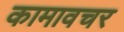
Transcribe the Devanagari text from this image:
कामावचर